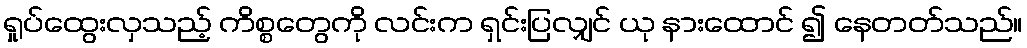
ရှုပ်ထွေးလှသည့် ကိစ္စတွေကို လင်းက ရှင်းပြလျှင် ယု နားထောင် ၍ နေတတ်သည်။